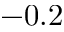
- 0 . 2